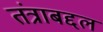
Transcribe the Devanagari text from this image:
तंत्राबद्दल